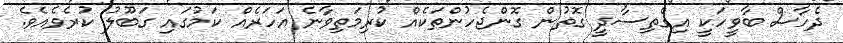
ދެހާސް ބާވީހަކީ އިގްތިސާދީ ގޮތުން ގޮންޖެހުންތަކެއް ކުރިމަތިވާނެ އަހަރެއް ކަމުގައި ގަބޫލު ކުރެވެއެވެ.